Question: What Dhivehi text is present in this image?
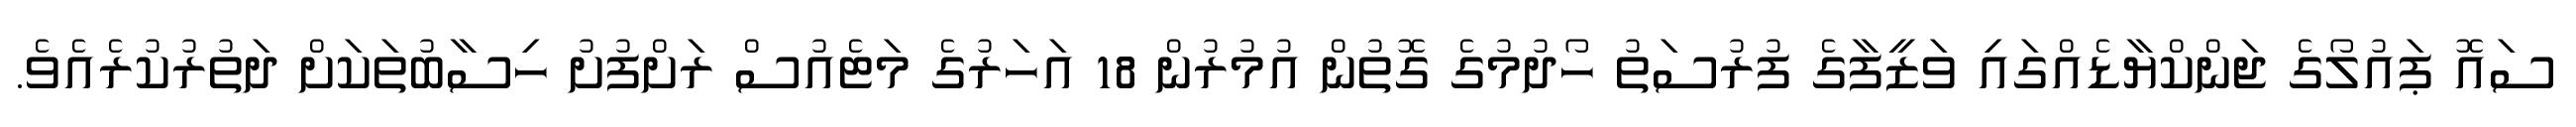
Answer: ސައޮ ޕައުލޯގެ ޖަންކްޔާޑެއްގައި ވަޒީފާގެ ފުރުސަތު ހޯދުމުގެ ގޮތުން އުމުރުން 18 އަހަރުގެ މަޓެއުސް ރަށްފުށު ހިސާބުތަކަށް ދަތުރުކުރެއެވެ.